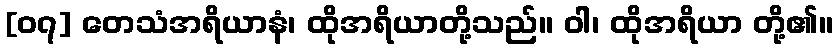
[၀၇] တေသံအရိယာနံ၊ ထိုအရိယာတို့သည်။ ဝါ၊ ထိုအရိယာ တို့၏။